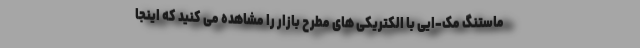
ماستنگ مک-ایی با الکتریکی های مطرح بازار را مشاهده می کنید که اینجا